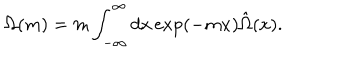
\Omega ( m ) = m \int _ { - \infty } ^ { \infty } d x \exp ( - m x ) \hat { \Omega } ( x ) .